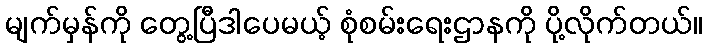
မျက်မှန်ကို တွေ့ပြီဒါပေမယ့် စုံစမ်းရေးဌာနကို ပို့လိုက်တယ်။